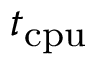
\displaystyle t _ { \mathrm { c p u } }